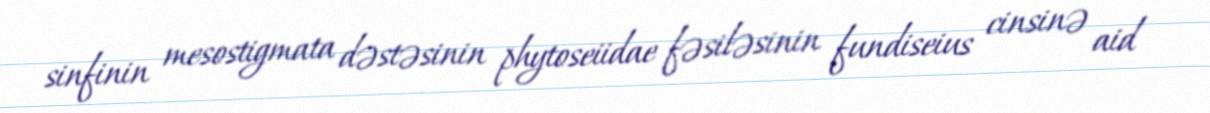
sinfinin mesostigmata dəstəsinin phytoseiidae fəsiləsinin fundiseius cinsinə aid